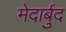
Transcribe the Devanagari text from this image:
मेदार्बुद